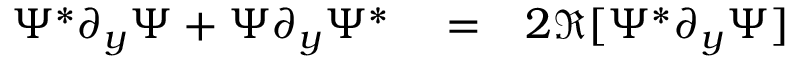
\begin{array} { r l r } { \Psi ^ { * } \partial _ { y } \Psi + \Psi \partial _ { y } \Psi ^ { * } } & { { } = } & { 2 \Re [ \Psi ^ { * } \partial _ { y } \Psi ] } \end{array}